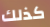
كذلك